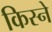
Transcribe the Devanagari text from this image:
किस्ने